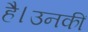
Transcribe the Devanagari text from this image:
है।उनकीं